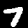
Digit: 7